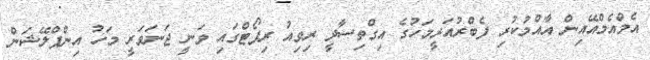
އެމްއެމްއޭއިން އާއްމުކުރި ފެބްރުއަރީމަހުގެ އިގްތިސާދީ ރިވިއު ރިޕޯޓްގައި ވަނީ ޖަނަވަރީ މަހު އިންފްލޭޝަން